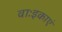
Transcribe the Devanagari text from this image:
वाःइकाएं